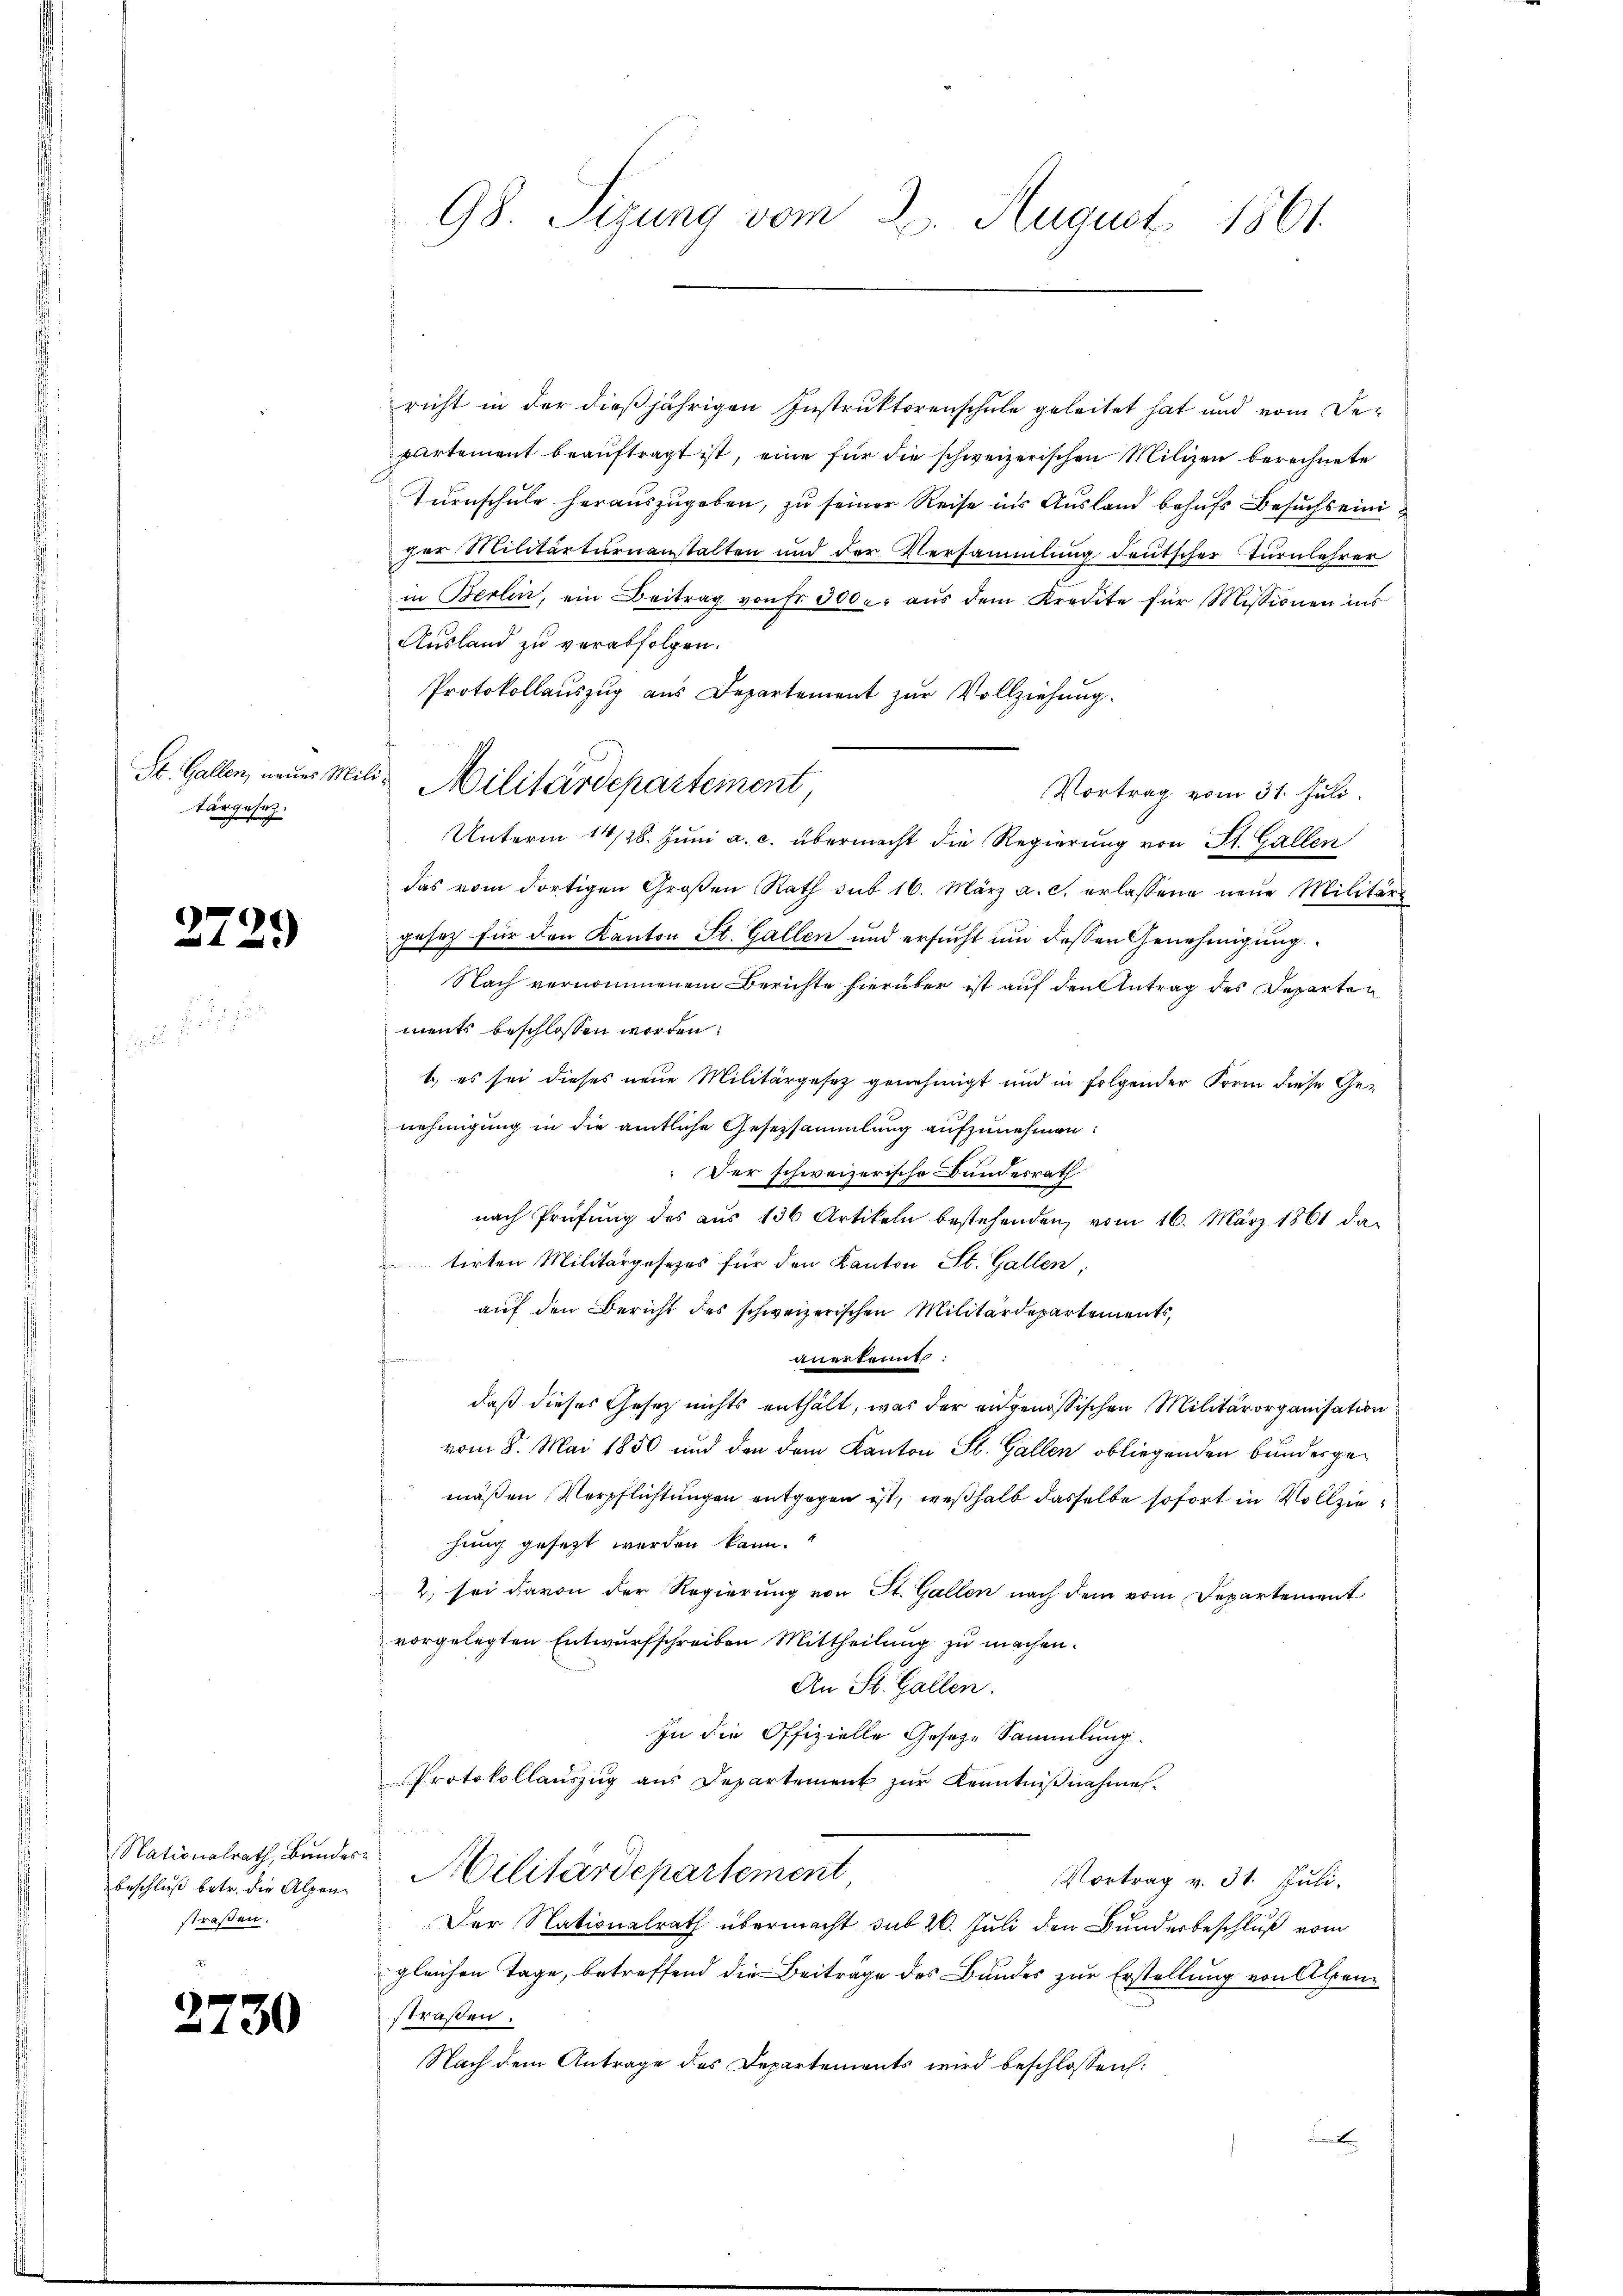
St. Gallen, neues Mit
Lag
rgesetz.

2729

Nationalrath, Bundes.
Beschluß betr. die Alpenstraßen.

2730

98. Sizung vom 2. August 1861.

richt in der dießjährigen Instruktorenschule geleitet hat und vom Departement beauftragt ist, eine für die schweizerischen Milizei berechnete
Turnschule herauszugeben, zu seiner Reise ins Ausland behufs Besuchs einiger Militärternanstalten und der Versammlung deutscher Turnlehrer
in Berlin, ein Beitrag von Fr. 300 u. aŭs dem Kredite für Missionen ins
Ausland zu verabfolgen.
Protokollauszug aus Departement zur Vollziehung.
Vortrag vom 31. Juli.
Unterm 14/28. Juni a. c. übermacht die Regierung von St. Gallen
das vom dortigen Großen Rath sub 16. März a. c. erlassene neue Militärs
gesetz für den Kanton St. Gallen und ersucht um dessen Genehmigung
Nach vernommenem Berichte hierüber ist auf den Antrag des Departements beschlossen worden.
1) es sei dieses neue Militärgesetz genehmigt und in folgender Form diese Genehmigung in die amtliche Gesetzsammlung aufzunehmen:
 Der schweizerische Bundesrath
nach Prüfung des aus 136 Artikeln bestehenden, vom 16. März 1861 da-
tirten Militärgesetzes für den Kanton St. Gallen
auf den Bericht des schweizerischen Militärdepartements,
unertent
norien eine
daß dieses Gesetz nichts enthält, was der eidgenössischen Militärorganisation
vom 8. Mai 1850 und den dem Kanton St. Gallen obliegenden bundesgemäßen Verpflichtungen entgegen ist, weßhalb dasselbe sofort in Vollziehung gesezt werden kann.
2 sei davon der Regierŭng von St. Gallen nach dem vom Departement
vorgelegten Entwurfschreiben Mittheilung zu machen.
An St. Gallen.
In die Offizielle Gesetze Sammlung.
Protokollauszug aus Departement zur Kenntnißnahme.
Militärdepartement
Vortrag v. 31. Juli.
Der Nationalrath übermacht sub 20. Juli den Bunderbeschluß vom
gleichen Tage, betreffend die Beitrage des Bundes zur Erstellung von Alpenstraßen.
Nach dem Antrage des Departements wird beschlossen:

2 Militärdepartement,